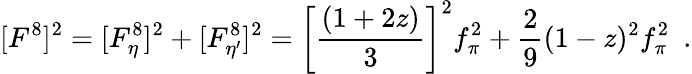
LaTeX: [F^{8}]^{2}=[F_{\eta}^{8}]^{2}+[F_{\eta^{\prime}}^{8}]^{2}=\left[\frac{(1+2z)}{3}\right]^{2}f_{\pi}^{2}+\frac{2}{9}(1-z)^{2}f_{\pi}^{2}~~.